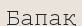
Бапақ